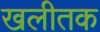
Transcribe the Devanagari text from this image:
खलीतक